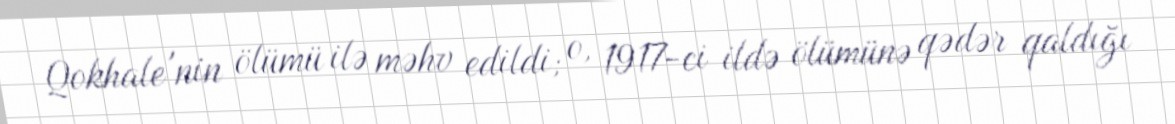
Qokhale'nin ölümü ilə məhv edildi; o, 1917-ci ildə ölümünə qədər qaldığı